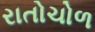
રાતોચોળ